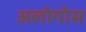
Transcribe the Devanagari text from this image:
अलोगोस